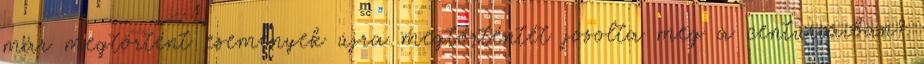
már megtörtént események újra megtörténtét jósolta meg a centuriáiban?